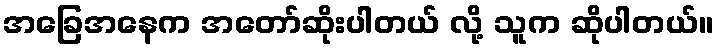
အခြေအနေက အတော်ဆိုးပါတယ် လို့ သူက ဆိုပါတယ်။